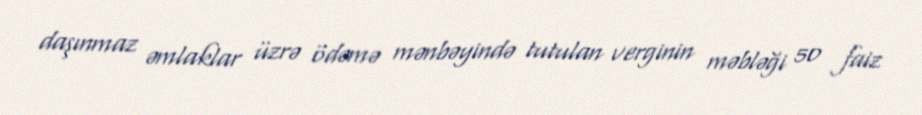
daşınmaz əmlaklar üzrə ödəmə mənbəyində tutulan verginin məbləği 50 faiz